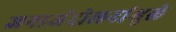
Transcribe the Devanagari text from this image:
जनाअंदोलनांमुळे